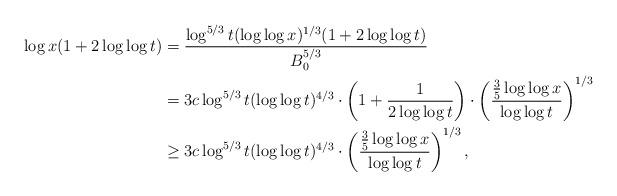
LaTeX: \begin{align*} \log x(1 + 2\log \log t) &= \frac{\log^{5/3}t(\log \log x)^{1/3}(1 + 2\log\log t)}{B_0^{5/3}}\\ &= 3c\log^{5/3}t(\log\log t)^{4/3}\cdot \left(1 + \frac{1}{2\log\log t}\right) \cdot \left(\frac{\frac{3}{5}\log\log x}{\log\log t}\right)^{1/3}\\ &\geq 3c\log^{5/3}t(\log\log t)^{4/3}\cdot \left(\frac{\frac{3}{5}\log\log x}{\log\log t}\right)^{1/3},\end{align*}